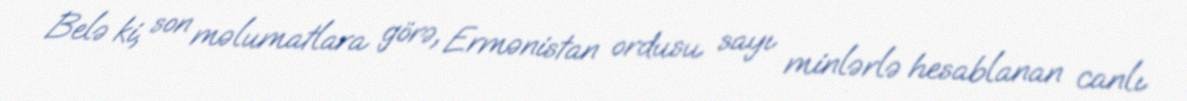
Belə ki, son məlumatlara görə, Ermənistan ordusu sayı minlərlə hesablanan canlı